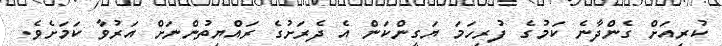
ކުރިއަށް ގެންދާނެ ކަމުގެ ފުރިހަމަ ޔަގީންކަން އެ ދެރަށުގެ ރައްޔިތުންނަށް އަރުވާ ކަމަށެވެ.